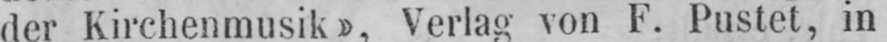
der Kirchenmusik», Verlag von F. Pustet, in